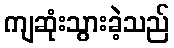
ကျဆုံးသွားခဲ့သည်